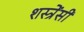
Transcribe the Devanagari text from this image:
शस्त्रेंसी